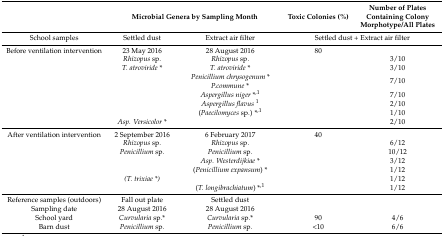
|  | <COLSPAN=2> Microbial Genera by Sampling Month | Toxic Colonies (%) | Number of Plates Containing Colony Morphotype/All Plates |
 | --- | --- | --- | --- | --- |
 | School samples | Settled dust | Extract air filter | <COLSPAN=2> Settled dust + Extract air filter |
 | Before ventilation intervention | 23 May 2016 | 28 August 2016 | 80 |  |
 | <ROWSPAN=7>  | Rhizopus sp. | Rhizopus sp. |  | 3/10 |
 | T. atroviride * | T. atroviride * |  | 3/10 |
 |  | Penicilliumchrysogenum *P.commune * |  | 7/10 |
 |  | Aspergillus niger *,1 |  | 7/10 |
 |  | Aspergillus flavus1 |  | 2/10 |
 |  | (Paecilomyces sp.) *,1 |  | 1/10 |
 | Asp. Versicolor * |  |  | 2/10 |
 | After ventilation intervention | 2 September 2016 | 6 February 2017 | 40 |  |
 |  | Rhizopus sp. | Rhizopus sp. |  | 6/12 |
 |  | Penicillium sp. | Penicillium sp. |  | 10/12 |
 |  |  | Asp. Westerdijkiae * |  | 3/12 |
 |  |  | (Penicillium expansum) * |  | 1/12 |
 |  | (T. trixiae *) |  |  | 1/12 |
 |  |  | (T. longibrachiatum) *,1 |  | 1/12 |
 | Reference samples (outdoors) | Fall out plate | Settled dust |  |  |
 | Sampling date | 28 August 2016 | 28 August 2016 |  |  |
 | School yard | Curvularia sp.* | Curvularia sp.* | 90 | 4/6 |
 | Barn dust | Penicillium sp. | Penicillium sp. | <10 | 6/6 |